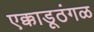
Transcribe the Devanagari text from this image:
एक्काडूठंगळ